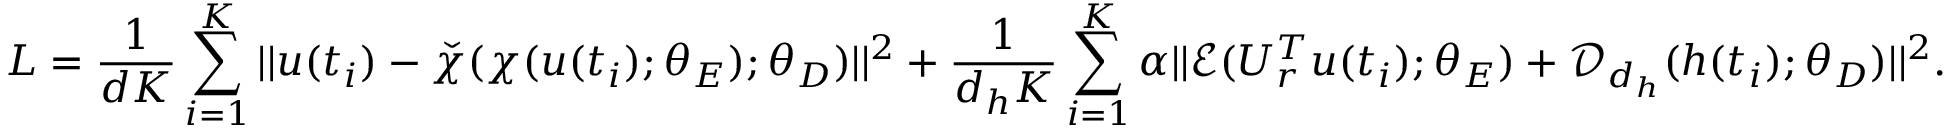
L = \frac { 1 } { d K } \sum _ { i = 1 } ^ { K } | | u ( t _ { i } ) - \check { \chi } ( \chi ( u ( t _ { i } ) ; \theta _ { E } ) ; \theta _ { D } ) | | ^ { 2 } + \frac { 1 } { d _ { h } K } \sum _ { i = 1 } ^ { K } \alpha | | \mathcal { E } ( U _ { r } ^ { T } u ( t _ { i } ) ; \theta _ { E } ) + \mathcal { D } _ { d _ { h } } ( h ( t _ { i } ) ; \theta _ { D } ) | | ^ { 2 } .